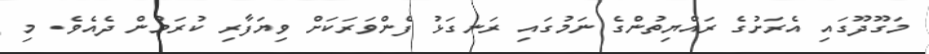
މަގޫދޫގައި އެރަށުގެ ރައްޔިތުންގެ ނަމުގައި ރަނގަޅު ފެންވަރަކަށް ވިޔަފާރި ކުރަމުން ދެއެވެ. މި